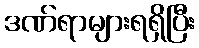
ဒဏ်ရာများရရှိပြီး